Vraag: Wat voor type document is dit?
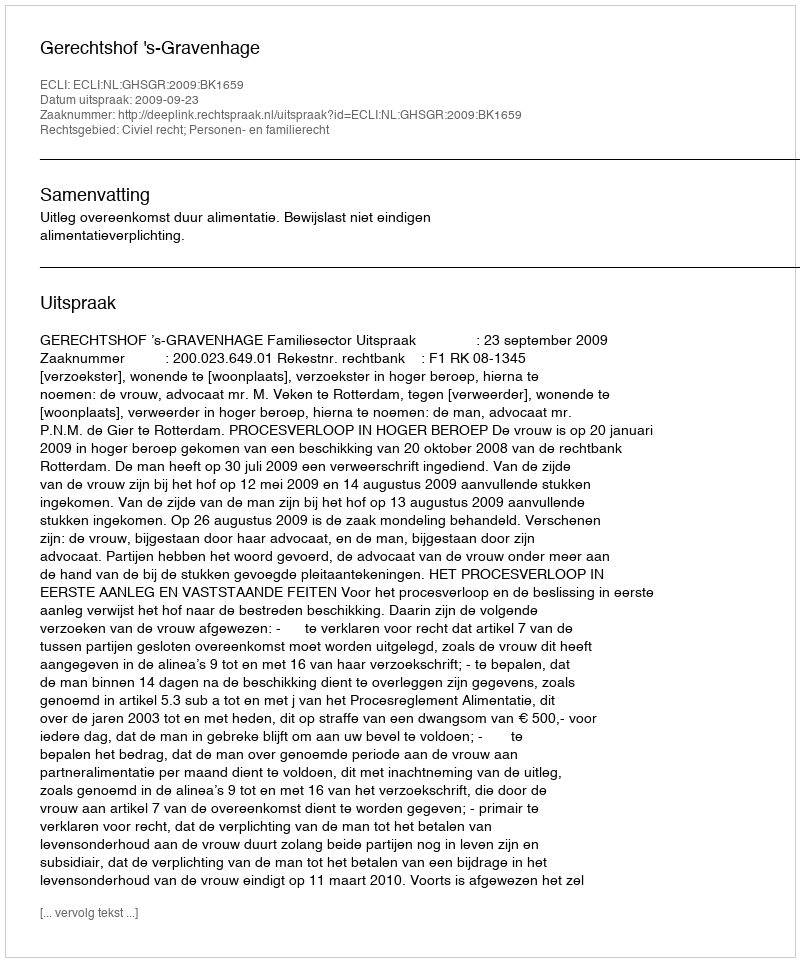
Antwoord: Uitspraak